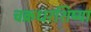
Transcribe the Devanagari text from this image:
चक्रधरशिष्या